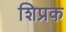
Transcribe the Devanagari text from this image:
शिप्रक